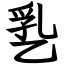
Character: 㐠